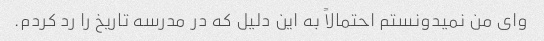
وای من نمیدونستم احتمالاً به این دلیل که در مدرسه تاریخ را رد کردم.